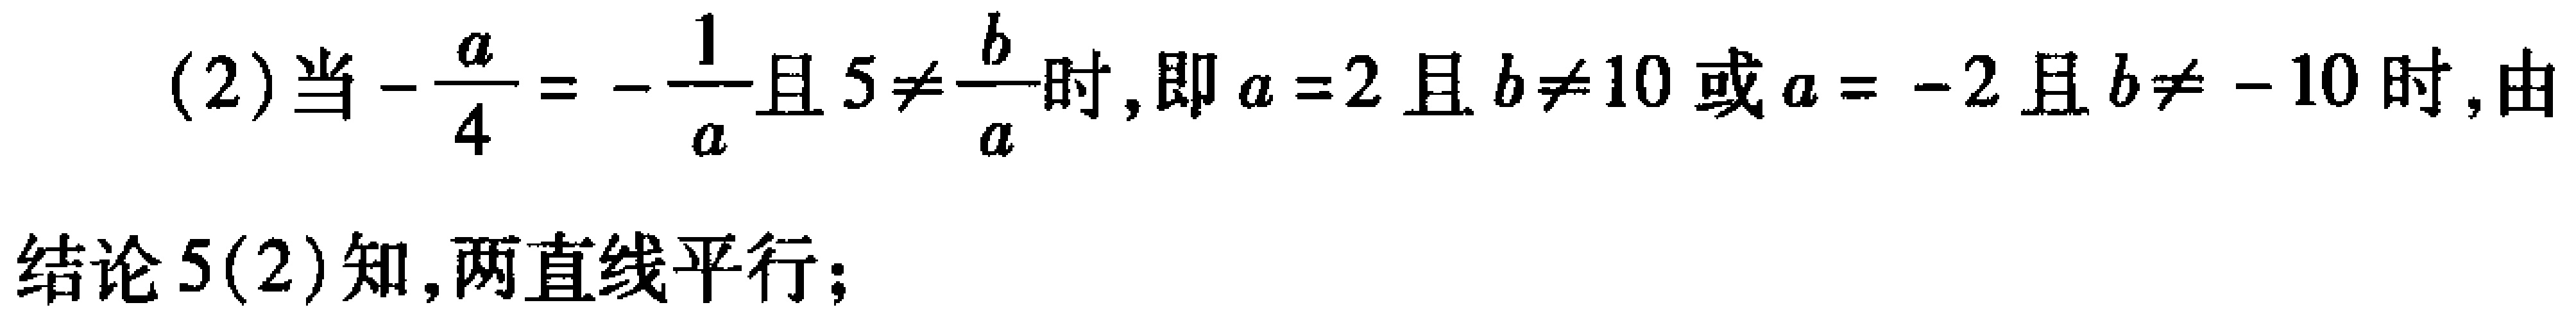
(2)当\(-\frac{a}{4}=-\frac{1}{a}\)且\(5\neq\frac{b}{a}\)时,即\(a = 2\)且\(b\neq10\)或\(a = - 2\)且\(b\neq - 10\)时,由
结论5(2)知,两直线平行；